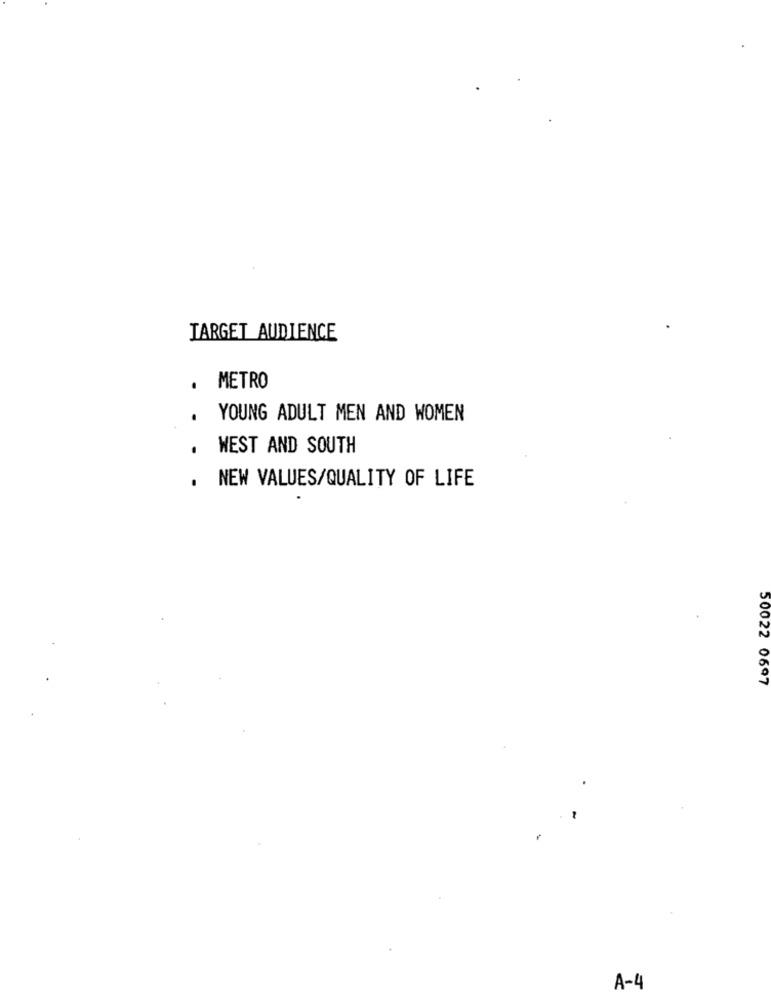
TARGET AUDIENCE
.
METRO
YOUNG ADULT MEN AND WOMEN
. WEST AND SOUTH
.
NEW VALUES/QUALITY OF LIFE
50022 0697
A-4